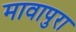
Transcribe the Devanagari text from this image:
मावापुरा